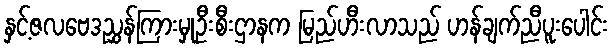
နှင့်ဇလဗေဒညွှန်ကြားမှုဦးစီးဌာနက မြည်ဟီးလာသည် ဟန်ချက်ညီပူးပေါင်း